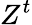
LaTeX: Z^{t}